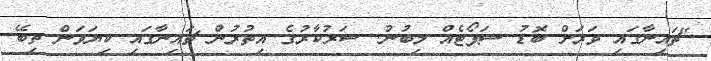
"ޗައިނާގައި ވަރަށް ބޮޑު ސަޕޯޓެއް ލިބުނު. ސަރުކާރުގެ އިތުރުން ޗައިނާގައި ކިޔަވަން ތިބޭ